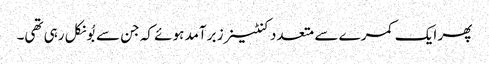
پھر ایک کمرے سے متعدد کنٹینرز برآمد ہوئے کہ جن سے بُو نکل رہی تھی۔